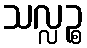
သလ္လဉ္စ